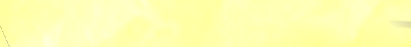
مركز طبي متخصص في أمراض ا